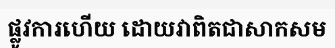
ផ្លូវការហើយ ដោយវាពិតជាសាកសម